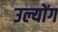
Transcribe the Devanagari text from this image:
उल्योंग